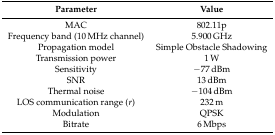
<table><thead><tr><td><b>Parameter</b></td><td><b>Value</b></td></tr></thead><tbody><tr><td>MAC</td><td>802.11p</td></tr><tr><td>Frequency band (10 MHz channel)</td><td>5.900 GHz</td></tr><tr><td>Propagation model</td><td>Simple Obstacle Shadowing</td></tr><tr><td>Transmission power</td><td>1 W</td></tr><tr><td>Sensitivity</td><td>−77 dBm</td></tr><tr><td>SNR</td><td>13 dBm</td></tr><tr><td>Thermal noise</td><td>−104 dBm</td></tr><tr><td>LOS communication range (<i>r</i>)</td><td>232 m</td></tr><tr><td>Modulation</td><td>QPSK</td></tr><tr><td>Bitrate</td><td>6 Mbps</td></tr></tbody></table>